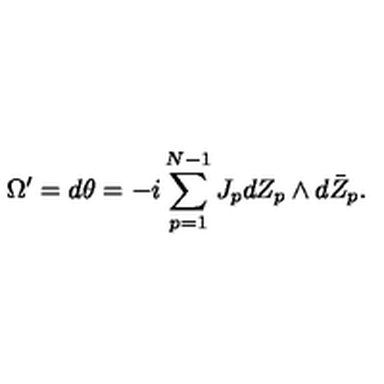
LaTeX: \Omega ^ { \prime } = d \theta = - i \sum _ { p = 1 } ^ { N - 1 } J _ { p } d Z _ { p } \wedge d \bar { Z } _ { p } .